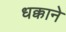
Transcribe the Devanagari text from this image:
धक्काने